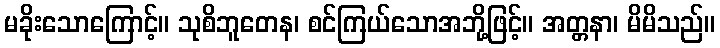
မခိုးသောကြောင့်။ သုစိဘူတေန၊ စင်ကြယ်သောအဘို့ဖြင့်။ အတ္တနာ၊ မိမိသည်။